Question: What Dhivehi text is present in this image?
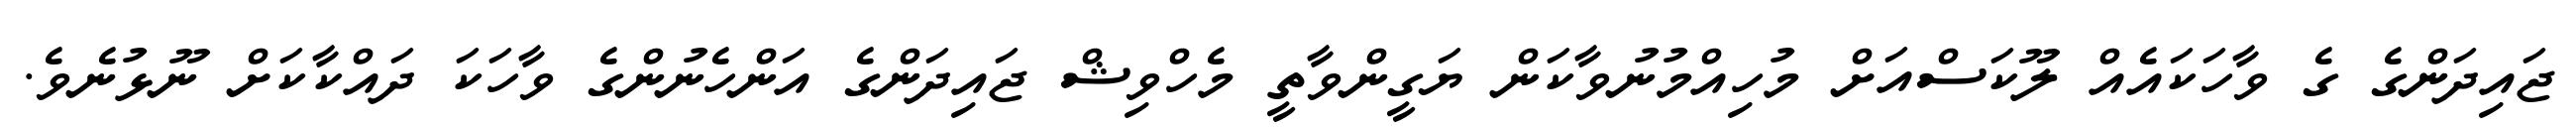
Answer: ޖައިދަންގެ ގެ ވާހަކައެއް ލޫކަސްއަށް މުހިއްމުނުވާކަން ޔަގީންވާތީ މެހްވިޝް ޖައިދަންގެ އަންހެނުންގެ ވާހަކަ ދައްކާކަށް ނޫޅުނެވެ.